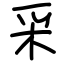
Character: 采